Medical and sanitary report of the native army of Bengal for the year
Year: 1876
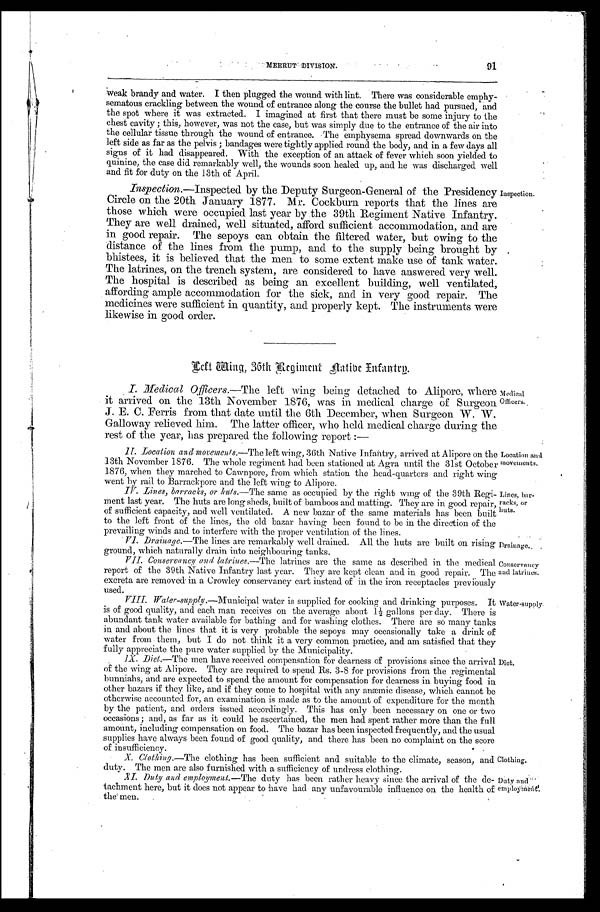
Medical
Officers.
Location and
movements.
Lines, bar-
racks, or
huts.
Drainage..
Conservancy
and latrines.
MEERUT DIVISION. 91
Weak brandy and water. I then plugged the wound with lint. There was considerable emphy--
sematous crackling between the wound of entrance along the course the bullet had pursued, and
the spot where it was extracted. I imagined at first that there must be some injury to the
chest cavity ; this, however, was not the case, but was simply due to the entrance of the air into
the cellular tissue through the wound of entrance. The emphysema spread downwards on the
left side as far as the pelvis bandages were tightly applied round the body, and in a few days all
signs of it had disappeared. With the exception of an attack of fever which soon yielded to
quinine, the case did remarkably well, the wounds soon healed up, and he was discharged well
and fit for duty on the 13th of April.
Inspection.—Inspected by the Deputy Surgeon-General of the Presidency
Circle on the 20th January 1877. Mr. Cockburn reports that the lines are
those which were occupied last year by the 39th Regiment Native Infantry.
They are well drained, well situated, afford sufficient accommodation, and are
in good repair. The sepoys can obtain the filtered water, but owing to the
distance of the lines from the pump, and to the supply being brought by
bhistees, it is believed that the men to some extent make use of tank water.
The latrines, on the trench system, are considered to have answered very well.
The hospital is described as being an excellent building, well ventilated,
affording ample accommodation for the sick, and in very good repair. The
medicines were sufficient in quantity, and properly kept. The instruments were
likewise in good order.
Inspection.
Left Wing, 36th Regiment Native Infantry.
I. Medical Officers. —The left wing being detached to Alipore, where
it arrived on the 13th November 1876, was in medical charge of Surgeon
J. E. C. Ferris from that date until the 6th December, when Surgeon W. W.
Galloway relieved him. The latter officer, who held medical charge during the
rest of the year, has prepared the following report :—
11. Location and movements.—The left wing, 36th Native Infantry, arrived at Alipore on the
13th November 1876. The whole regiment had been stationed at Agra until the 31st October
1876, when they marched to Cawnpore, from which station the head-quarters and right wing
went by rail to Barrackpore and the left wing to Alipore.
IV. Lines, barracks, or huts.—The same as occupied by the right wing of the 39th Regi-
ment last year. The huts are long sheds, built of bamboos and matting. They are in good repair,
of sufficient capacity, and well ventilated. A new bazar of the same materials has been built
to the left front of the lines, the old bazar having been found to be in the direction of the
prevailing winds and to interfere with the proper ventilation of the lines.
VI Drainage.—The lines are remarkably well drained. All the huts are built on rising
ground, which naturally drain into neighbouring tanks.
VII. Conservancy and latrines. — T h e
l a t r i n e s a r e t h e s a m e a s d e s c r i b e d i n t h e m e d i c a l
report of the 39th Native Infantry last year. They are kept clean and in good repair. Thc
excreta are removed in a Crowley conservancy cart instead of in the iron receptacles previously
used.
V I I I W a t
e r - s u p p l y . — M u n i c i p a l w a t e r i s s u p p l i e d f o r c o o k i n g a n d d r i n k i n g p u r p o s e s . I t
is of good quality, and each man receives on the average about 1½ gallons per day. There is
abundant tank water available for bathing and for washing clothes. There are so many tanks
in and about the lines that it is very probable the sepoys may occasionally take a drink of
water from them, but I do not think it a very common practice, and am satisfied that they
fully appreciate the pure water supplied by the Municipality.
1X. Diet.—The men have received compensation for dearness of provisions since the arrival .
of the wing at Alipore. They are required to spend Rs. 3-8 for provisions from the regimental
bunniahs, and are expected to spend the amount for compensation for dearness in buying food in
other bazars if they like, and if they come to hospital with any anæmic disease, which cannot be
otherwise accounted for, an examination is made as to the amount of expenditure for the month
by the patient, and orders issued accordingly. This has only been necessary on one or two
occasions ; and, as far as it could be ascertained, the men had spent rather more than the full
amount, including compensation on food. The bazar has been inspected frequently, and the usual
supplies have always been found of good quality, and there has been no complaint on the score
of i nsuf f ci ency.
....
X. Clothing.—The clothing has been sufficient and suitable to the climate, season, and
duty. The men are also furnished with a sufficiency of undress clothing.
XI. Duty and employment—The duty has been rather heavy since the arrival of the de- Duty and
tachment here, but it does not appear to have had any unfavourable influence on the health of employment
t h e m e n .
Water-supply.
Clothing.